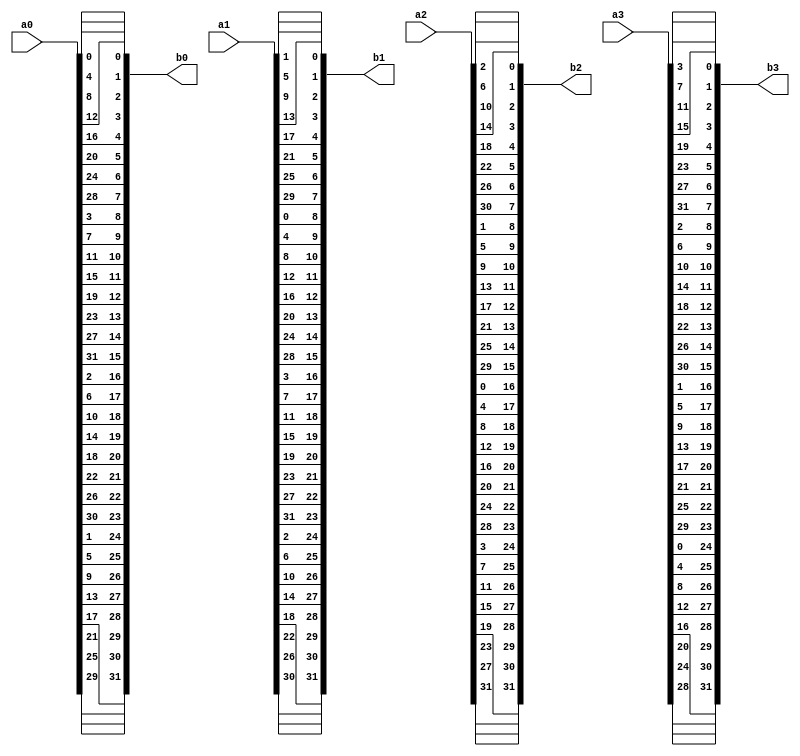

module PermBits(a0,a1,a2,a3,
                b0,b1,b2,b3);

input [31:0] a0,a1,a2,a3;
output[31:0] b0,b1,b2,b3;

assign b0[0] = a0[0];
assign b0[24] = a0[1];
assign b0[16] = a0[2];
assign b0[8] = a0[3];
assign b0[1] = a0[4];
assign b0[25] = a0[5];
assign b0[17] = a0[6];
assign b0[9] = a0[7];
assign b0[2] = a0[8];
assign b0[26] = a0[9];
assign b0[18] = a0[10];
assign b0[10] = a0[11];
assign b0[3] = a0[12];
assign b0[27] = a0[13];
assign b0[19] = a0[14];
assign b0[11] = a0[15];
assign b0[4] = a0[16];
assign b0[28] = a0[17];
assign b0[20] = a0[18];
assign b0[12] = a0[19];
assign b0[5] = a0[20];
assign b0[29] = a0[21];
assign b0[21] = a0[22];
assign b0[13] = a0[23];
assign b0[6] = a0[24];
assign b0[30] = a0[25];
assign b0[22] = a0[26];
assign b0[14] = a0[27];
assign b0[7] = a0[28];
assign b0[31] = a0[29];
assign b0[23] = a0[30];
assign b0[15] = a0[31];
assign b1[8] = a1[0];
assign b1[0] = a1[1];
assign b1[24] = a1[2];
assign b1[16] = a1[3];
assign b1[9] = a1[4];
assign b1[1] = a1[5];
assign b1[25] = a1[6];
assign b1[17] = a1[7];
assign b1[10] = a1[8];
assign b1[2] = a1[9];
assign b1[26] = a1[10];
assign b1[18] = a1[11];
assign b1[11] = a1[12];
assign b1[3] = a1[13];
assign b1[27] = a1[14];
assign b1[19] = a1[15];
assign b1[12] = a1[16];
assign b1[4] = a1[17];
assign b1[28] = a1[18];
assign b1[20] = a1[19];
assign b1[13] = a1[20];
assign b1[5] = a1[21];
assign b1[29] = a1[22];
assign b1[21] = a1[23];
assign b1[14] = a1[24];
assign b1[6] = a1[25];
assign b1[30] = a1[26];
assign b1[22] = a1[27];
assign b1[15] = a1[28];
assign b1[7] = a1[29];
assign b1[31] = a1[30];
assign b1[23] = a1[31];
assign b2[16] = a2[0];
assign b2[8] = a2[1];
assign b2[0] = a2[2];
assign b2[24] = a2[3];
assign b2[17] = a2[4];
assign b2[9] = a2[5];
assign b2[1] = a2[6];
assign b2[25] = a2[7];
assign b2[18] = a2[8];
assign b2[10] = a2[9];
assign b2[2] = a2[10];
assign b2[26] = a2[11];
assign b2[19] = a2[12];
assign b2[11] = a2[13];
assign b2[3] = a2[14];
assign b2[27] = a2[15];
assign b2[20] = a2[16];
assign b2[12] = a2[17];
assign b2[4] = a2[18];
assign b2[28] = a2[19];
assign b2[21] = a2[20];
assign b2[13] = a2[21];
assign b2[5] = a2[22];
assign b2[29] = a2[23];
assign b2[22] = a2[24];
assign b2[14] = a2[25];
assign b2[6] = a2[26];
assign b2[30] = a2[27];
assign b2[23] = a2[28];
assign b2[15] = a2[29];
assign b2[7] = a2[30];
assign b2[31] = a2[31];
assign b3[24] = a3[0];
assign b3[16] = a3[1];
assign b3[8] = a3[2];
assign b3[0] = a3[3];
assign b3[25] = a3[4];
assign b3[17] = a3[5];
assign b3[9] = a3[6];
assign b3[1] = a3[7];
assign b3[26] = a3[8];
assign b3[18] = a3[9];
assign b3[10] = a3[10];
assign b3[2] = a3[11];
assign b3[27] = a3[12];
assign b3[19] = a3[13];
assign b3[11] = a3[14];
assign b3[3] = a3[15];
assign b3[28] = a3[16];
assign b3[20] = a3[17];
assign b3[12] = a3[18];
assign b3[4] = a3[19];
assign b3[29] = a3[20];
assign b3[21] = a3[21];
assign b3[13] = a3[22];
assign b3[5] = a3[23];
assign b3[30] = a3[24];
assign b3[22] = a3[25];
assign b3[14] = a3[26];
assign b3[6] = a3[27];
assign b3[31] = a3[28];
assign b3[23] = a3[29];
assign b3[15] = a3[30];
assign b3[7] = a3[31];

endmodule